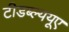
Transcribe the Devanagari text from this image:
टीडब्ल्ययूए